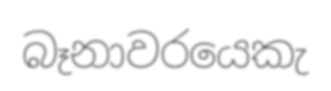
බෑනාවරයෙකැ